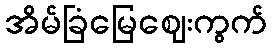
အိမ်ခြံမြေဈေးကွက်